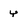
Character: y